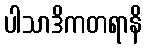
ပါသာဒိကတရာနိ